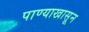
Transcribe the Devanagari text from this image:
पाण्याखासून